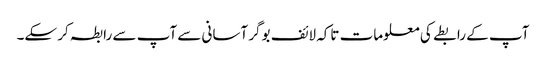
آپ کے رابطے کی معلومات تاکہ لائف بوگر آسانی سے آپ سے رابطہ کر سکے۔